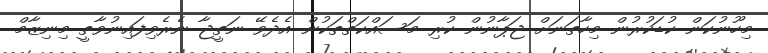
މިހޫނުކަން ކުޑަކުރުން މިހާތަނަށް ޖަޕާނުން ކުރި މަސައްކަތްތަކުން އެދެވޭ ނަތީޖާ ނެރެވިފައިނުވާތީ މިނިޒާމް